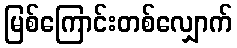
မြစ်ကြောင်းတစ်လျှောက်